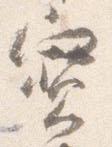
宝